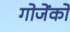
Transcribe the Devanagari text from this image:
गोजेंको